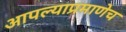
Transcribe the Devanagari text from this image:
आपल्याप्रमाणेच